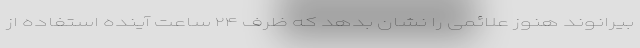
بیرانوند هنوز علائمی را نشان بدهد که ظرف ۲۴ ساعت آینده استفاده از